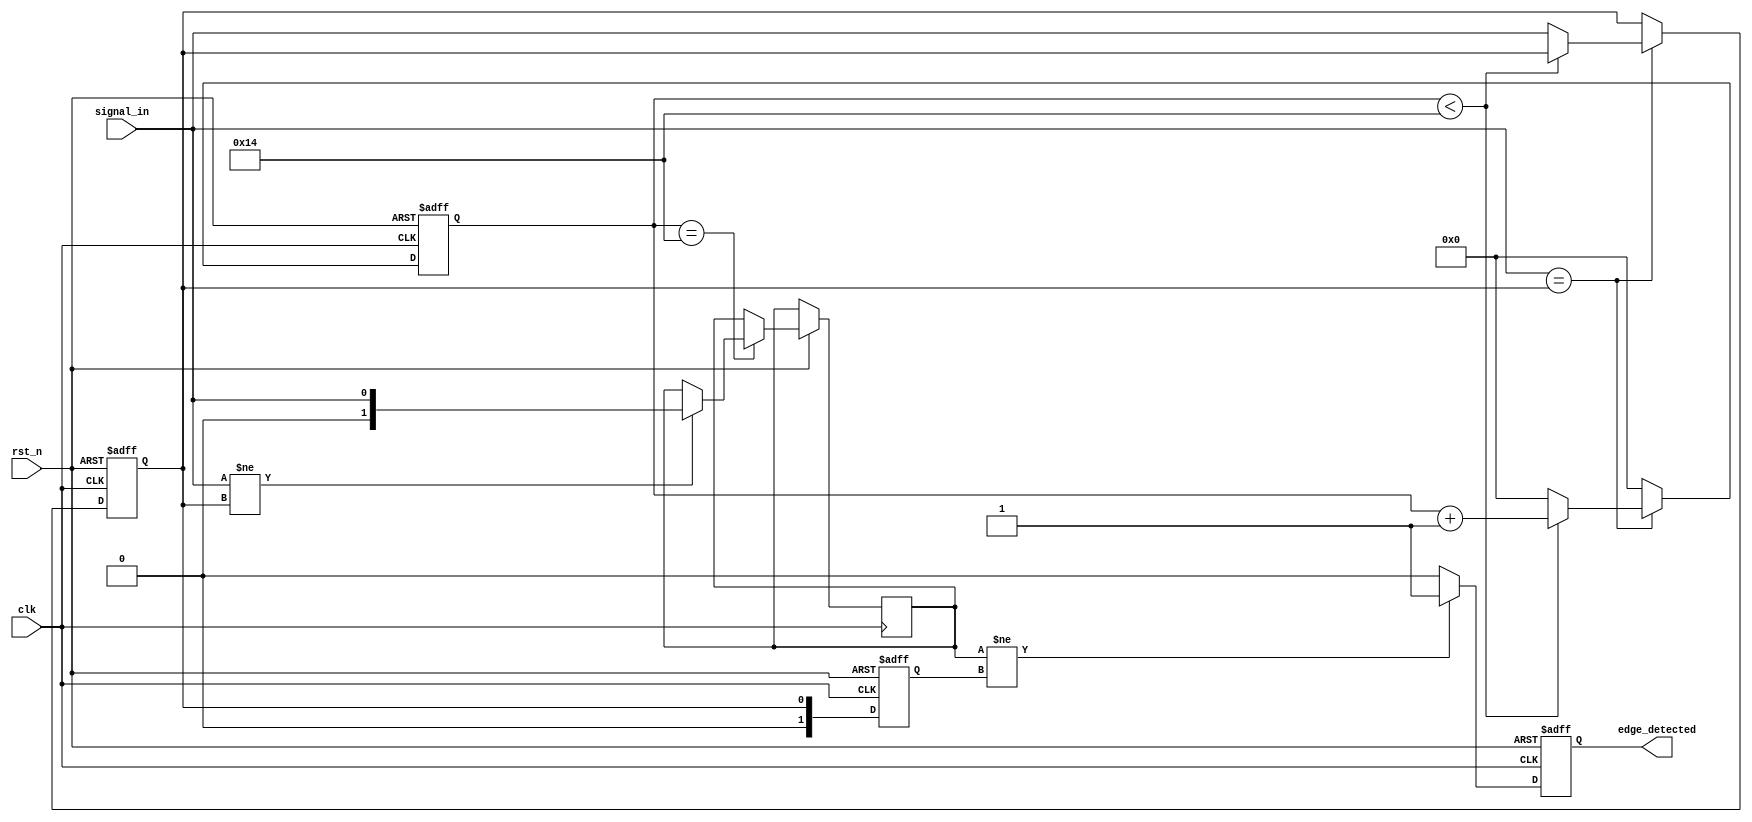
module debounced_edge_detector #(
    parameter DEBOUNCE_TIME = 20, // Debounce time in clock cycles
    parameter EDGE_TYPE = 2'b11    // 2'b00: None, 2'b01: Rising, 2'b10: Falling, 2'b11: Both
)(
    input wire clk,                // Clock input
    input wire rst_n,              // Active low reset
    input wire signal_in,          // Input signal (button/switch)
    output reg edge_detected       // Output pulse for edge detection
);

    // State variables
    reg [1:0] state;               // Current state of the input signal
    reg [1:0] next_state;          // Next state of the input signal
    reg [15:0] debounce_counter;    // Counter for debounce timing
    reg stable_signal;              // Stable signal after debounce

    // State encoding
    localparam LOW = 1'b0;
    localparam HIGH = 1'b1;

    // Edge detection logic
    always @(posedge clk or negedge rst_n) begin
        if (!rst_n) begin
            state <= LOW;
            debounce_counter <= 0;
            edge_detected <= 0;
            stable_signal <= 0;
        end else begin
            // Update stable signal and debounce counter
            if (signal_in == stable_signal) begin
                if (debounce_counter < DEBOUNCE_TIME) begin
                    debounce_counter <= debounce_counter + 1;
                end else begin
                    stable_signal <= signal_in; // Update stable signal
                    debounce_counter <= 0;       // Reset counter
                end
            end else begin
                debounce_counter <= 0; // Reset counter on change
            end

            // Update state
            if (debounce_counter == DEBOUNCE_TIME) begin
                if (signal_in != stable_signal) begin
                    next_state <= signal_in;
                end
            end

            // Edge detection
            if (next_state != state) begin
                if ((EDGE_TYPE == 2'b01 && next_state == HIGH) || // Rising edge
                    (EDGE_TYPE == 2'b10 && next_state == LOW) ||  // Falling edge
                    (EDGE_TYPE == 2'b11)) begin                     // Both edges
                    edge_detected <= 1'b1; // Edge detected
                end
            end else begin
                edge_detected <= 1'b0; // No edge detected
            end

            // Update current state
            state <= stable_signal;
        end
    end

endmodule